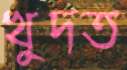
খুদত